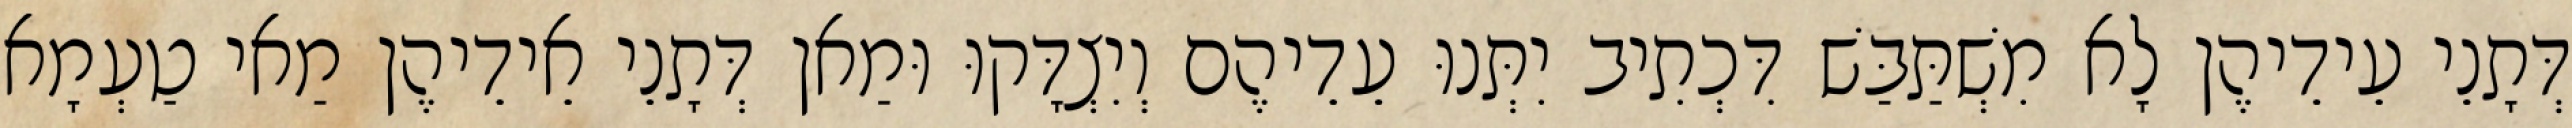
דְּתָנֵי עֵידֵיהֶן לָא מִשְׁתַּבַּשׁ דִּכְתִיב יִתְּנוּ עֵדֵיהֶם וְיִצְדָּקוּ וּמַאן דְּתָנֵי אֵידֵיהֶן מַאי טַעְמָא